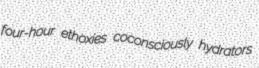
four-hour ethoxies coconsciously hydrators